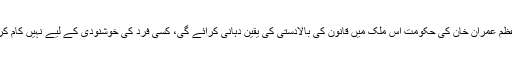
وزیر اعظم عمران خان کی حکومت اس ملک میں قانون کی بالادستی کی یقین دہانی کرائے گی، کسی فرد کی خوشنودی کے لیے نہیں کام کرے گی۔